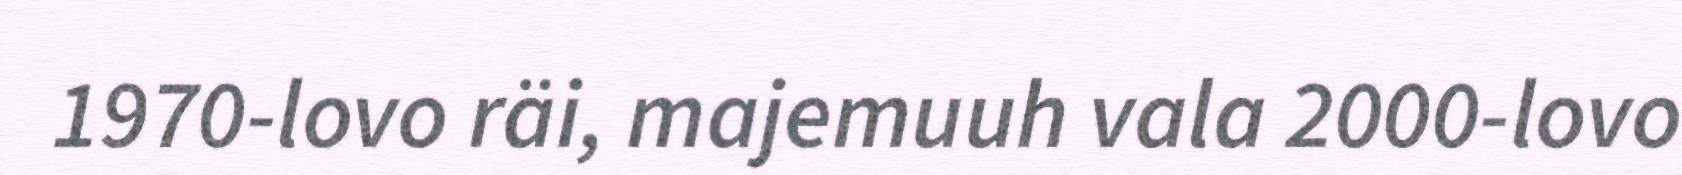
1970-lovo räi, majemuuh vala 2000-lovo